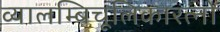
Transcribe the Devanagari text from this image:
व्यालम्बिचूलिकारत्नो